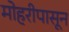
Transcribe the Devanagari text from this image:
मोहरीपासून